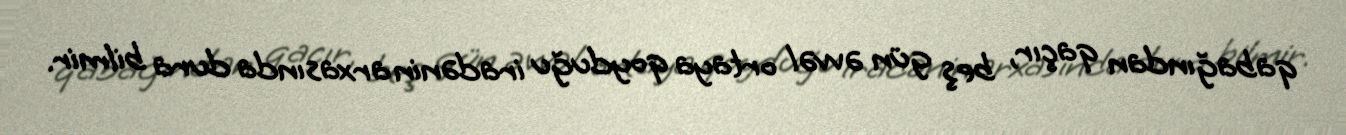
qabağından qaçır, beş gün əvvəl ortaya qoyduğu iradənin arxasında dura bilmir.